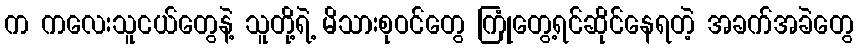
က ကလေးသူငယ်တွေနဲ့ သူတို့ရဲ့ မိသားစုဝင်တွေ ကြုံတွေ့ရင်ဆိုင်နေရတဲ့ အခက်အခဲတွေ